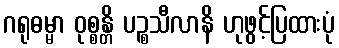
ဂရုဓမ္မာ ဝုစ္စန္တိ ပဉ္စသီလာနိ ဟုဖွင့်ပြထားပုံ